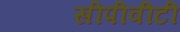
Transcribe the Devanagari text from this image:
सीपीवीटी